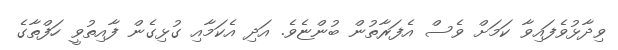
ވިދާޅުވެފައިވާ ކަމަށް ވެސް އެފަރާތުން ބުންޏެވެ. އަދި އެކަމާއި ގުޅިގެން ފާއިތުވީ ހަފްތާގެ